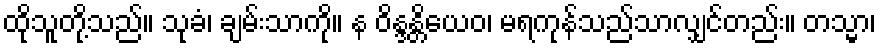
ထိုသူတို့သည်။ သုခံ၊ ချမ်းသာကို။ န ဝိန္ဒန္တိယေဝ၊ မရကုန်သည်သာလျှင်တည်း။ တသ္မာ၊